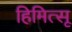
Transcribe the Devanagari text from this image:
हिमित्सू